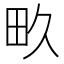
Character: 畂